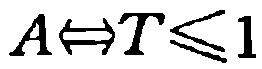
$A\Leftrightarrow T\leqslant 1$